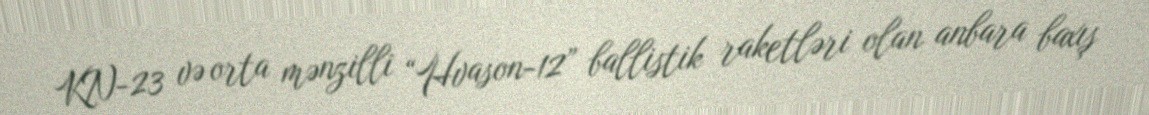
KN-23 və orta mənzilli “Hvason-12” ballistik raketləri olan anbara baxış